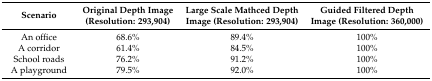
<table><thead><tr><td><b>Scenario</b></td><td><b>Original Depth Image (Resolution: 293,904)</b></td><td><b>Large Scale Mathced Depth Image (Resolution: 293,904)</b></td><td><b>Guided Filtered Depth Image (Resolution: 360,000)</b></td></tr></thead><tbody><tr><td>An office</td><td>68.6%</td><td>89.4%</td><td>100%</td></tr><tr><td>A corridor</td><td>61.4%</td><td>84.5%</td><td>100%</td></tr><tr><td>School roads</td><td>76.2%</td><td>91.2%</td><td>100%</td></tr><tr><td>A playground</td><td>79.5%</td><td>92.0%</td><td>100%</td></tr></tbody></table>